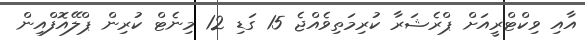
އާއި ވިކްޓްރީއަށް ޕްރެޝަރާ ކުރިމަތިވެއްޖެ 15 ގަޑި 12 މިނެޓް ކުރިން ޕްލޭއޮފްއިން